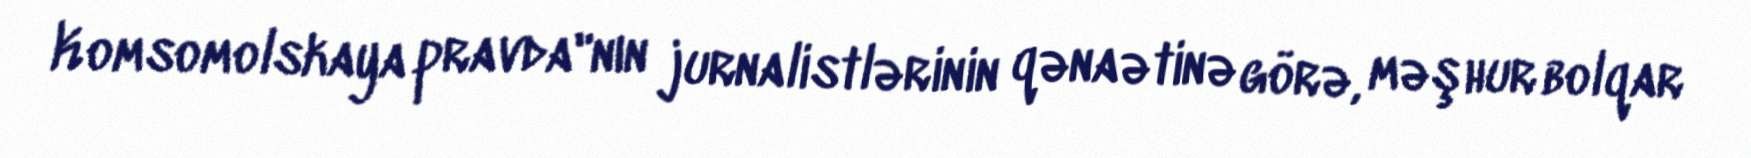
Komsomolskaya pravda"nın jurnalistlərinin qənaətinə görə, məşhur bolqar